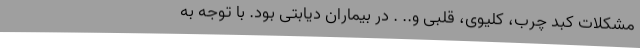
مشکلات کبد چرب، کلیوی، قلبی و.. . در بیماران دیابتی بود. با توجه به